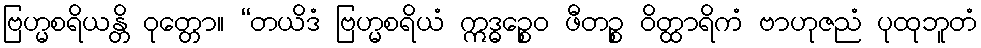
ဗြဟ္မစရိယန္တိ ဝုတ္တော။ “တယိဒံ ဗြဟ္မစရိယံ ဣဒ္ဓဉ္စေဝ ဖီတဉ္စ ဝိတ္ထာရိကံ ဗာဟုဇညံ ပုထုဘူတံ